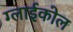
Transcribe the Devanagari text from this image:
ग्लाईकोल